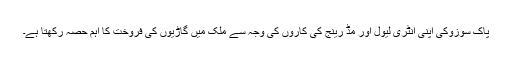
پاک سوزوکی اپنی انٹری لیول اور مڈ رینج کی کاروں کی وجہ سے ملک میں گاڑیوں کی فروخت کا اہم حصہ رکھتا ہے۔